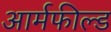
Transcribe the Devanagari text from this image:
आर्मफील्ड